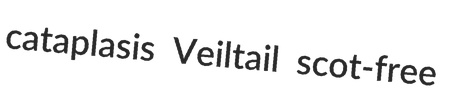
cataplasis Veiltail scot-free